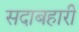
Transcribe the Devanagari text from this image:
सदाबहारी